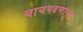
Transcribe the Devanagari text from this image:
चाचपडणार्‍या